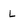
Character: L